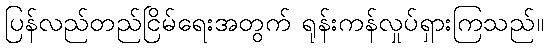
ပြန်လည်တည်ငြိမ်ရေးအတွက် ရုန်းကန်လှုပ်ရှားကြသည်။